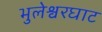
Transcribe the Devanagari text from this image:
भुलेश्वरघाट